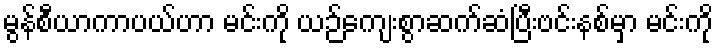
မွန်စီယာကာပယ်ဟာ မင်းကို ယဉ်ကျေးစွာဆက်ဆံပြီးဗင်းနစ်မှာ မင်းကို